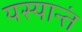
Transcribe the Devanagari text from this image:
यस्यान्तं